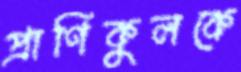
প্রাণিকুলকে